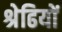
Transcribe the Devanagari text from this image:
श्रेढियों